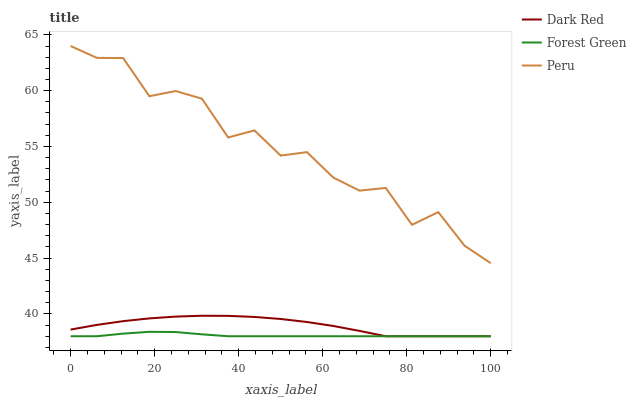
| xaxis_label | Dark Red | Forest Green | Peru |
 | --- | --- | --- | --- |
 | 0 | 38.6 | 38 | 64 |
 | 6.25 | 39 | 38 | 62.9 |
 | 12.5 | 39.4 | 38.2 | 62.9 |
 | 18.8 | 39.6 | 38.4 | 59.5 |
 | 25 | 39.8 | 38.4 | 60 |
 | 31.2 | 39.8 | 38.2 | 59.3 |
 | 37.5 | 39.8 | 38 | 55.8 |
 | 43.8 | 39.7 | 38 | 56.4 |
 | 50 | 39.5 | 38 | 54.2 |
 | 56.2 | 39.3 | 38 | 54.5 |
 | 62.5 | 38.9 | 38 | 52.2 |
 | 68.8 | 38.5 | 38 | 51 |
 | 75 | 38 | 38 | 51.3 |
 | 81.2 | 38 | 38 | 48 |
 | 87.5 | 38 | 38 | 49.1 |
 | 93.8 | 38 | 38 | 46.1 |
 | 100 | 38 | 38 | 44.5 |